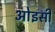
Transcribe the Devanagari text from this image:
ओइसी